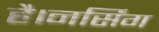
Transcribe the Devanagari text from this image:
है।नर्सिंग